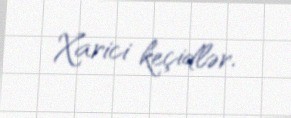
Xarici keçidlər.